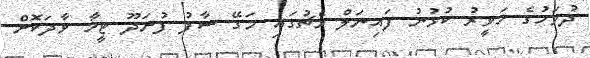
ދުވަހުގެ ހަވީރު ކުޅުނު ފައިނަލް މެޗުގައި މަގޭ ސާފު ފުނަދޫ ޓީމާ ވާދަކޮށް